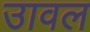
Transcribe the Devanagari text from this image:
उावल